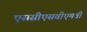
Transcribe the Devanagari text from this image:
एससीएसवीएमवी